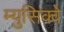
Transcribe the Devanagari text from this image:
म्युसिक्वे